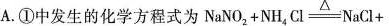
A.①中发生的化学方程式为$$N a N O _ { 2 } + N H _ { 4 } C l \xlongequal [ ] { △ } N a C l +